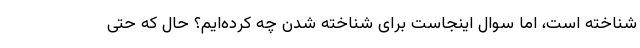
شناخته است، اما سوال اینجاست برای شناخته شدن چه کرده‌ایم؟ حال که حتی